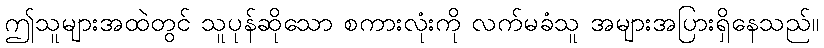
ဤသူများအထဲတွင် သူပုန်ဆိုသော စကားလုံးကို လက်မခံသူ အများအပြားရှိနေသည်။